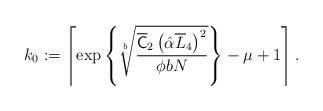
LaTeX: \begin{align*}k_0:=\left\lceil\exp\left\{\sqrt[b]{\frac{\mathsf{\overline{C}}_2\left(\hat\alpha\overline{L}_4\right)^2}{\phi b N}}\right\}-\mu+1\right\rceil.\end{align*}